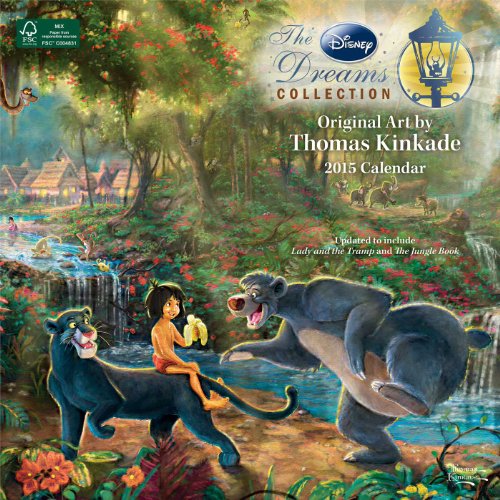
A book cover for Thomas Kinkade: The Disney Dreams Collection 2015 Wall Calendar; Thomas Kinkade; Calendars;